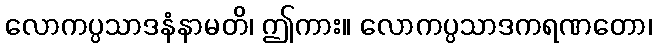
လောကပ္ပသာဒနံနာမတိ၊ ဤကား။ လောကပ္ပသာဒကရဏတော၊